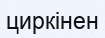
циркінен